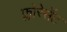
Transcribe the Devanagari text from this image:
फ्लोरेसेंट